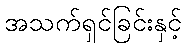
အသက်ရှင်ခြင်းနှင့်